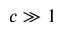
c \gg 1